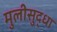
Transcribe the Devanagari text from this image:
मुलीसुद्धा